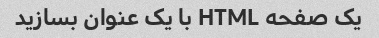
یک صفحه HTML با یک عنوان بسازید